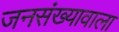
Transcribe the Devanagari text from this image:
जनसंख्यावाला